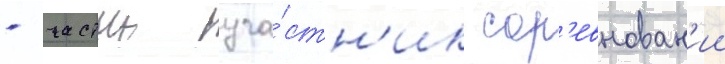
- частыи уча́стн'ик сор'евнован'ии